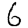
Digit: 6